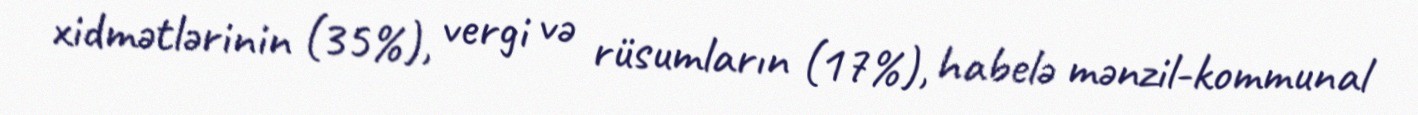
xidmətlərinin (35%), vergi və rüsumların (17%), habelə mənzil-kommunal